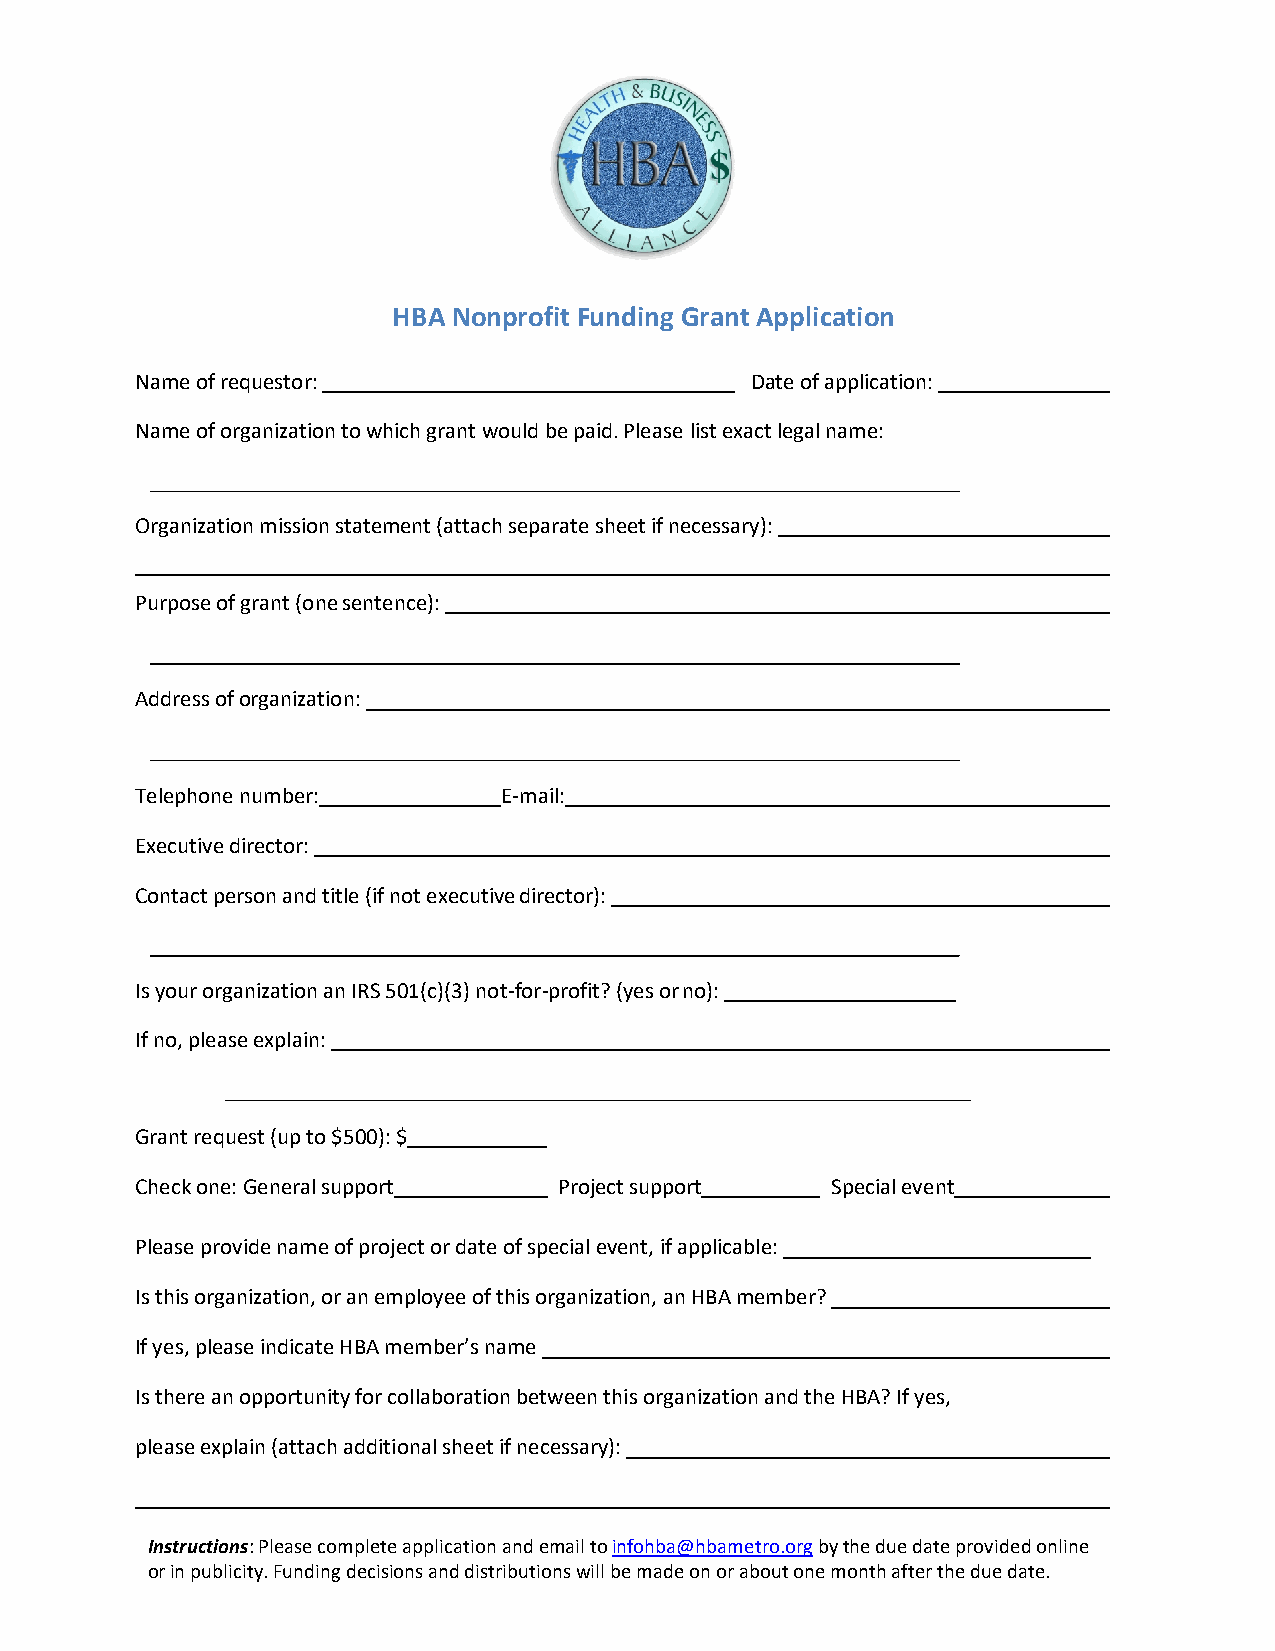
HBA Nonprofit Funding Grant Application
 Name of requestor:                       Date of application:
 Name of organization to which grant would be paid. Please list exact legal name:
 Organization mission statement (attach separate sheet if necessary):
 Purpose of grant (one sentence):
 Address of organization:
 Telephone number:       E-mail:
 Executive director:
 Contact person and title (if not executive director):
 Is your organization an IRS 501(c)(3) not-for-profit? (yes or no):
 If no, please explain:
 Grant request (up to $500): $
 Check one: General support  Project support   Special event
 Please provide name of project or date of special event, if applicable:
 Is this organization, or an employee of this organization, an HBA member?
 If yes, please indicate HBA member’s name
 Is there an opportunity for collaboration between this organization and the HBA? If yes,
 please explain (attach additional sheet if necessary):
 Instructions: Please complete application and email to infohba@hbametro.org by the due date provided online
 or in publicity. Funding decisions and distributions will be made on or about one month after the due date.